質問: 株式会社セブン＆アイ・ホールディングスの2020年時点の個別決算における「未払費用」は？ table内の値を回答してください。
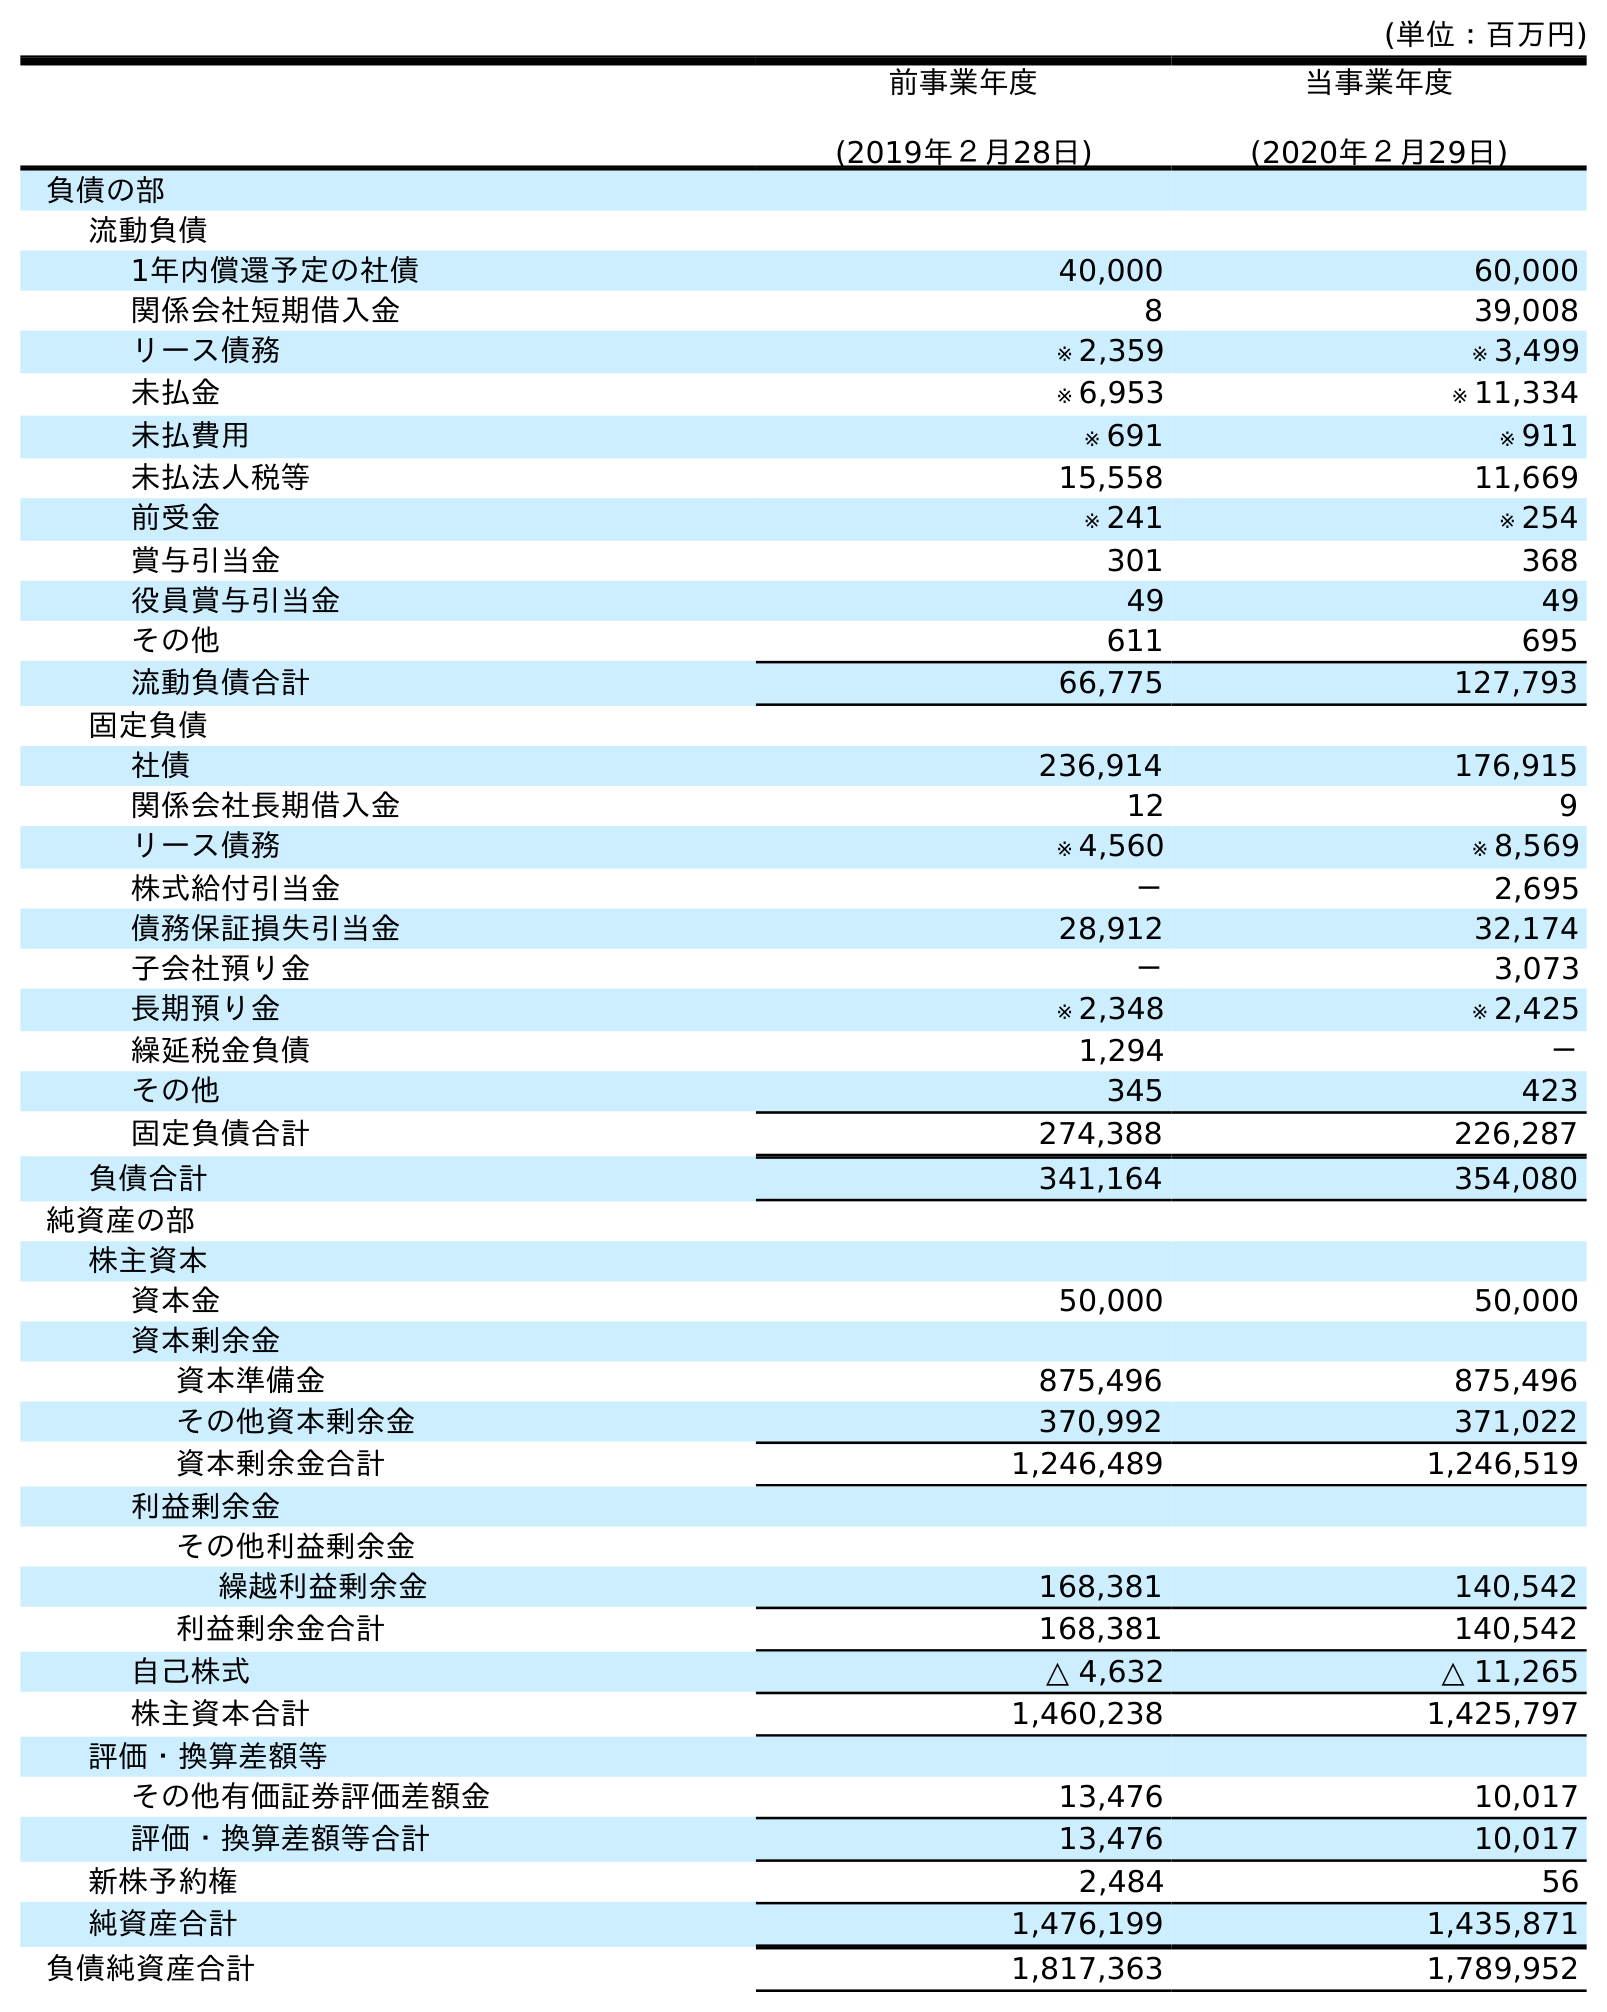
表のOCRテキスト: (単位：百万円) 前事業年度 (2019年２月28日) 当事業年度 (2020年２月29日) 負債の部 流動負債 1年内償還予定の社債 40,000 60,000 関係会社短期借入金 8 39,008 リース債務 ※ 2,359 ※ 3,499 未払金 ※ 6,953 ※ 11,334 未払費用 ※ 691 ※ 911 未払法人税等 15,558 11,669 前受金 ※ 241 ※ 254 賞与引当金 301 368 役員賞与引当金 49 49 その他 611 695 流動負債合計 66,775 127,793 固定負債 社債 236,914 176,915 関係会社長期借入金 12 9 リース債務 ※ 4,560 ※ 8,569 株式給付引当金 － 2,695 債務保証損失引当金 28,912 32,174 子会社預り金 － 3,073 長期預り金 ※ 2,348 ※ 2,425 繰延税金負債 1,294 － その他 345 423 固定負債合計 274,388 226,287 負債合計 341,164 354,080 純資産の部 株主資本 資本金 50,000 50,000 資本剰余金 資本準備金 875,496 875,496 その他資本剰余金 370,992 371,022 資本剰余金合計 1,246,489 1,246,519 利益剰余金 その他利益剰余金 繰越利益剰余金 168,381 140,542 利益剰余金合計 168,381 140,542 自己株式 △ 4,632 △ 11,265 株主資本合計 1,460,238 1,425,797 評価・換算差額等 その他有価証券評価差額金 13,476 10,017 評価・換算差額等合計 13,476 10,017 新株予約権 2,484 56 純資産合計 1,476,199 1,435,871 負債純資産合計 1,817,363 1,789,952
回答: ※911